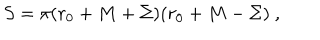
S = \pi ( r _ { 0 } + M + \Sigma ) ( r _ { 0 } + M - \Sigma ) \ ,